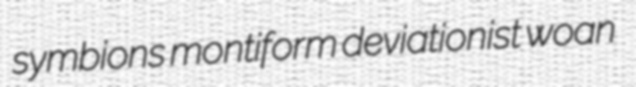
symbions montiform deviationist woan